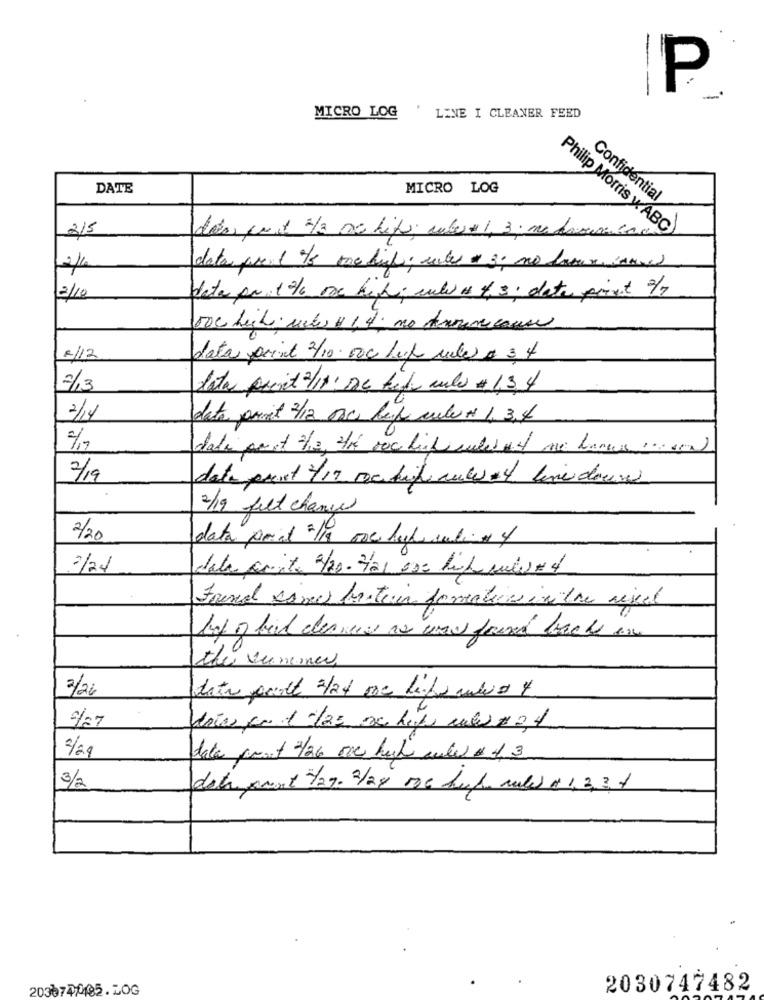
P
-
MICRO LOG
' LINE I CLEANER FEED
DATE
MICRO LOG
Confidential
215
Philip Morris yABC
des, put 1/3 20 hijo; ruber 1, 3; na dromico
data prend Is too high; water 3; no laver cane
data pa 1 /6 ore hihi cules 4. 3. date point 3/7
2/10
voc high; rst # 1,4; no Anouveause
2/12
data point 2/10. 000 huf vele a 3.4
2/13
data pocit 2/14. De tech aula # 1.3 4
2/14
data prot 2/12 Dsc lep culu + 1, 3,4
%
dada pant he, he voc high cubesome bones .non
7/19
data port /19 Doctin aute 4 bini down
2/19 felt change
2/20
data point /19 ore hup radio of
2/24
data write 2/20. Hal ose lich suis 4
Frend same batein formation in the visual
the sumoner
2/26
doñas por 1 c/25 xx hefe mãe # 2,4
2/29
date quant 21/24 ore high cute & off 3
3/2
data port 27. 2/24 voc hup ruled o 1, 3,3, 4
203074/85.LOG
2030747482